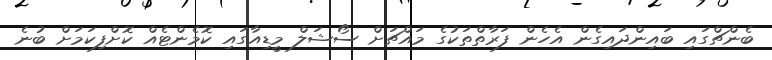
ބެންޗްގައި ބައިންދައިގެން އެހެން ފަރާތްތަކުގެ މައްޗަށް ސޯޝަލް މީޑިއާގައި ކޮމެންޓެއް ކޮށްފިކަމަށް ބުނެ